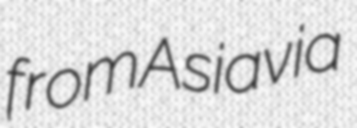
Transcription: from Asia via